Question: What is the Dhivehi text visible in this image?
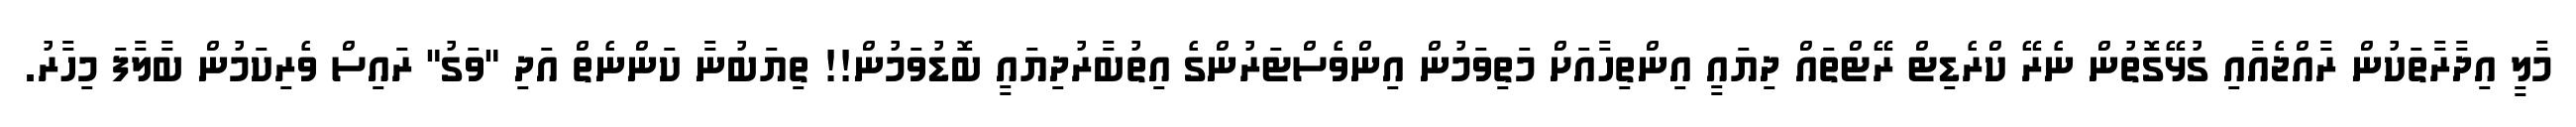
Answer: މާލީ އިދާރާތަކުން ރާއްޖެއާއި ގުޅޭގޮތުން ނެރޭ ކްރެޑިޓް ރޭޓްތައް ދިޔައީ އިންތިހާއަށް މަތިވަމުން އިންވެސްޓަރުންގެ އިތުބާރުދިޔައީ ބޮޑުވަމުން!! ތިޔަބުނާ ކަންނެތް އަދި "ވަގު" ރައިސް ވެރިކަމުން ބާލާފަ މިހާރު.